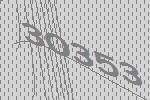
30353